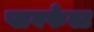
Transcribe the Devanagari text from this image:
प्लगफेस्ट